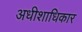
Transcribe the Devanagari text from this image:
अधीशाधिकार